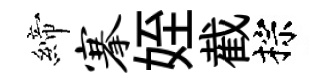
締搴姪截棕